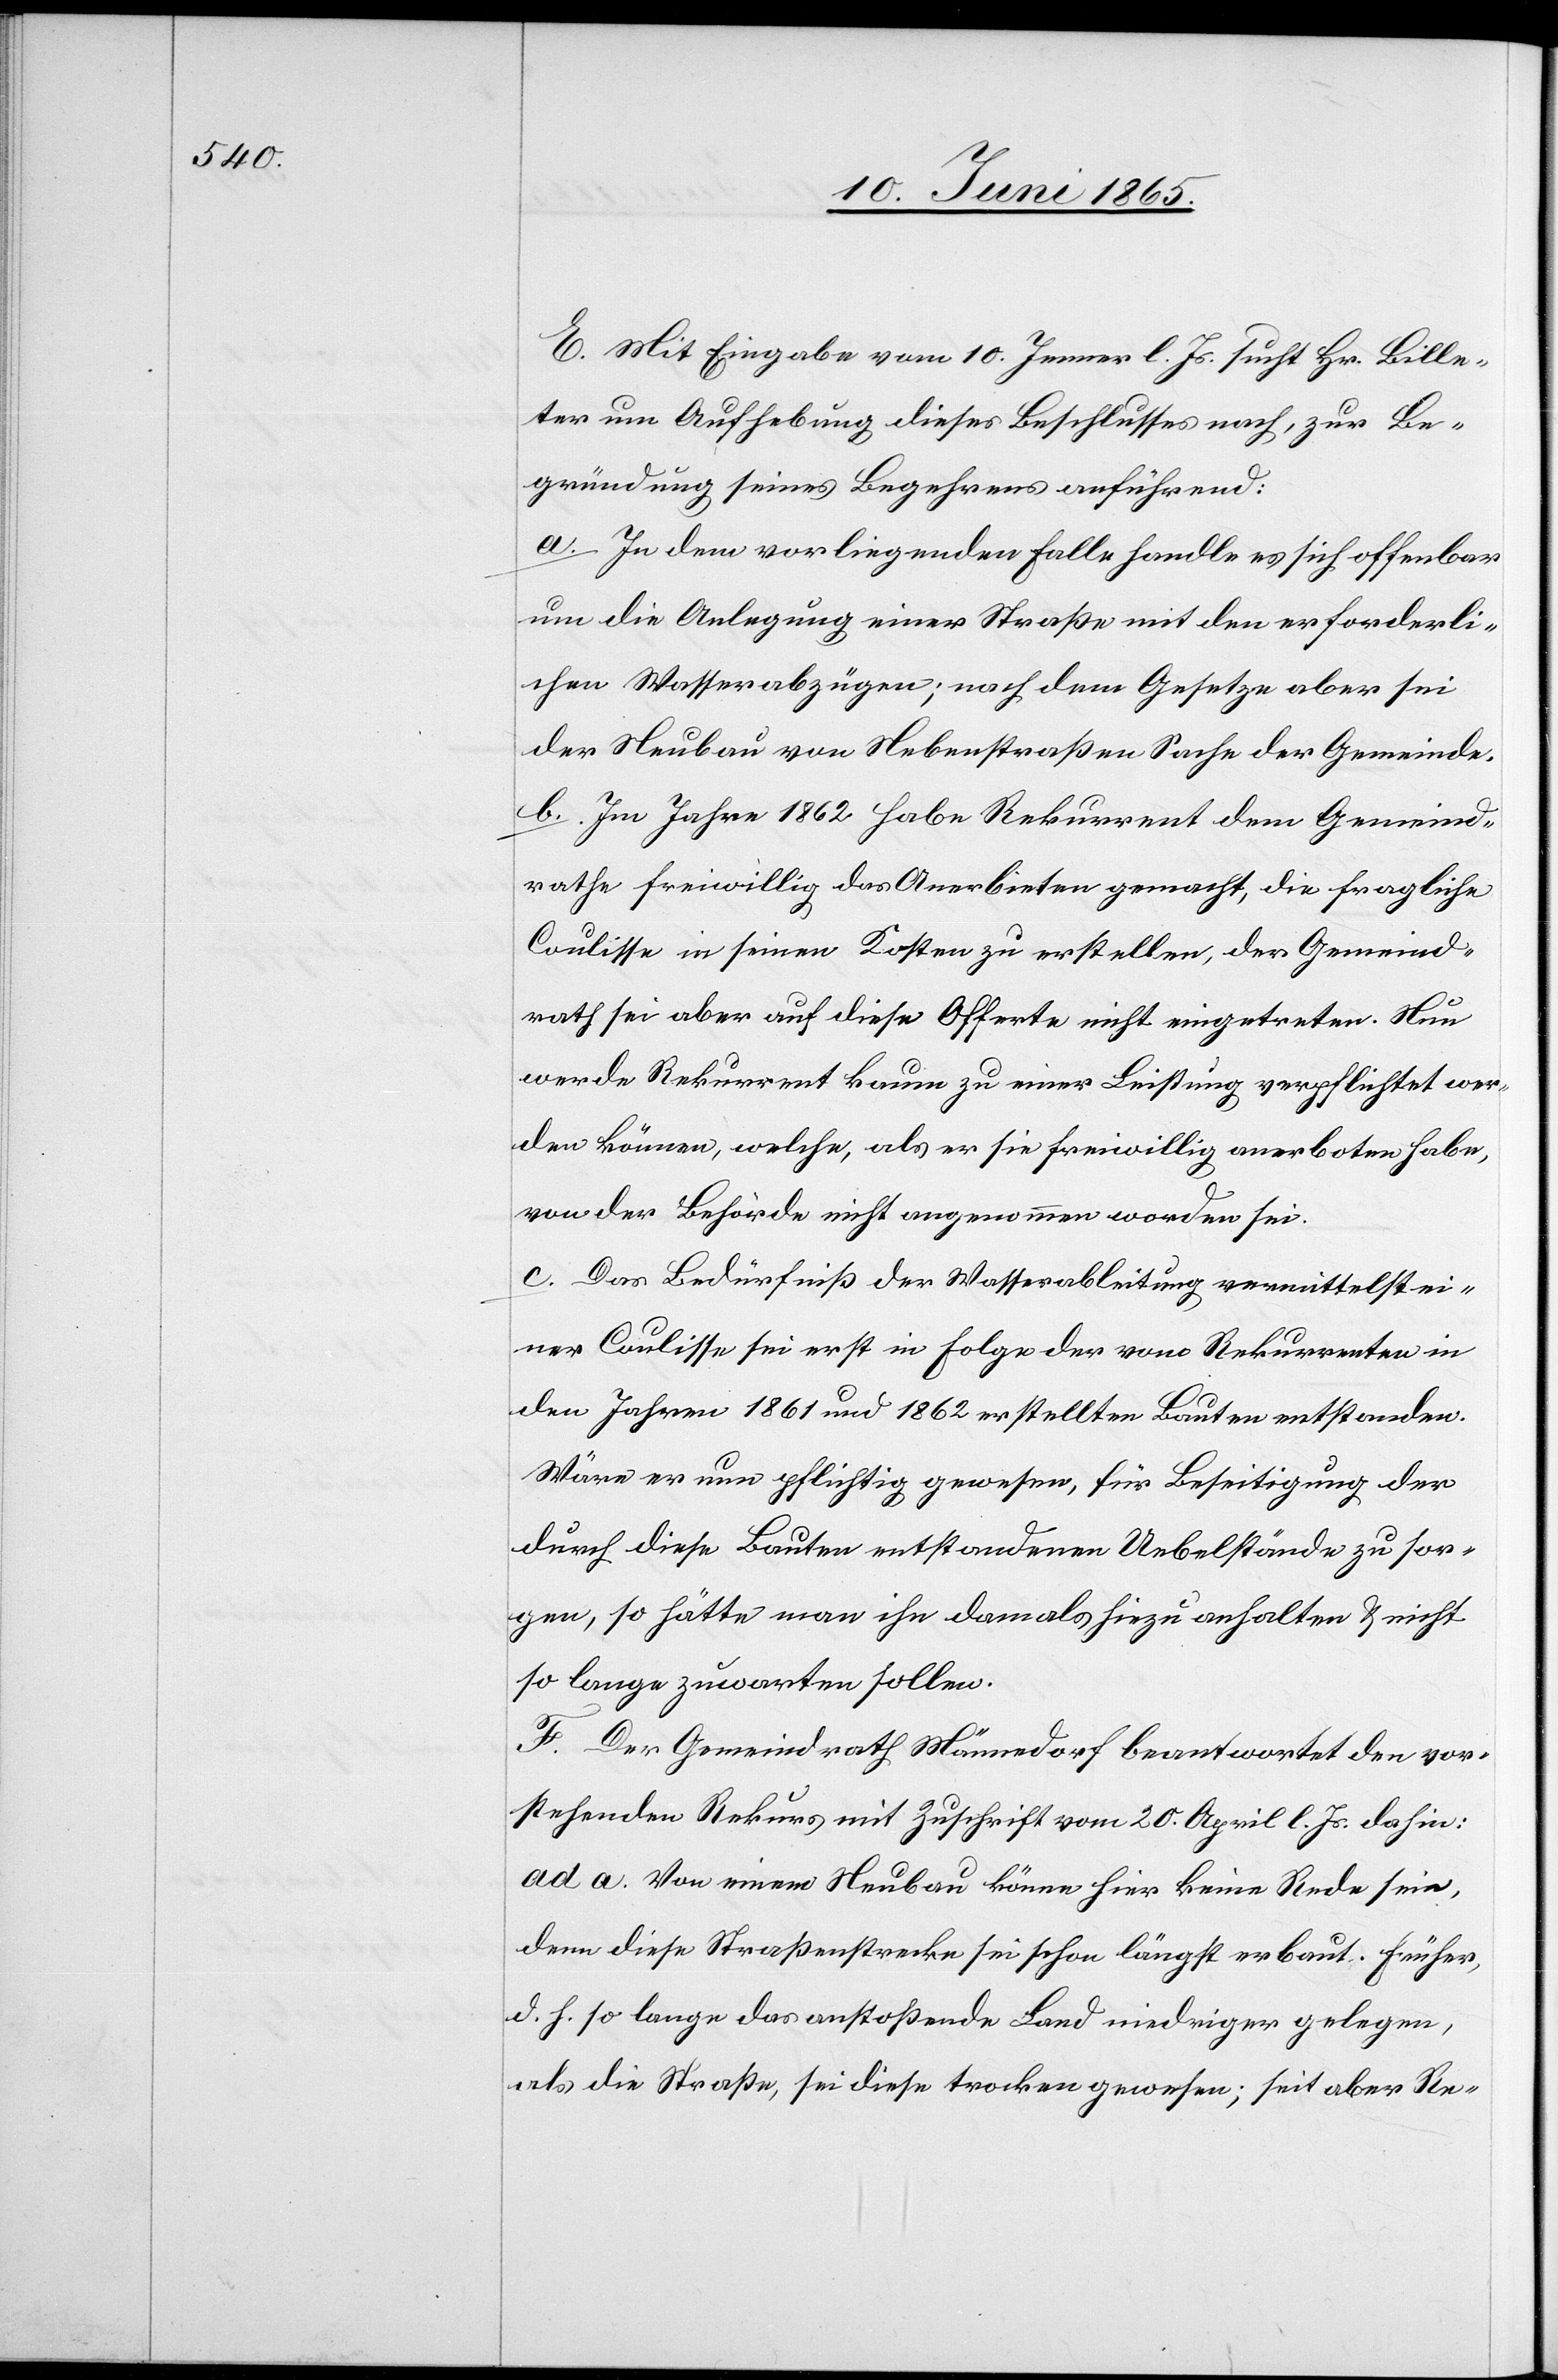
E. Mit Eingabe vom 10. Jenner l. Js. sucht Hr. Bille¬
ter um Aufhebung dieses Beschlusses nach, zur Be¬
gründung seines Begehrens anführend:
a. In dem vorliegenden Falle handle es sich offenbar
um die Anlegung einer Straße mit den erforderli¬
chen Wasserabzügen; nach dem Gesetze aber sei
der Neubau von Nebenstraßen Sache der Gemeinde.
b. Im Jahre 1862 habe Rekurrent dem Gemeind¬
rathe freiwillig das Anerbieten gemacht, die fragliche
Coulisse in seinen Kosten zu erstellen, der Gemeind¬
rath sei aber auf diese Offerte nicht eingetreten. Nun
werde Rekurrent kaum zu einer Leistung verpflichtet wer¬
den können, welche, als er sie freiwillig anerboten habe,
von der Behörde nicht angenommen worden sei.
c. Das Bedürfniß der Wasserableitung vermittelst ei¬
ner Coulisse sei erst in Folge der vom Rekurrenten in
den Jahren 1861 und 1862 erstellten Bauten entstanden.
Wäre er nun pflichtig gewesen, für Beseitigung der
durch dies Bauten entstandenen Uebelstände zu sor¬
gen, so hätte man ihn damals hiezu anhalten & nicht
so lange zuwarten sollen.
F. Der Gemeindrath Männedorf beantwortet den vor¬
stehenden Rekurs mit Zuschrift vom 20. April l. Js. dahin:
ad. a. Von einem Neubau könne hier keine Rede sein,
denn diese Straßenstrecke sei schon längst erbaut. Früher,
d. h. so lange das anstoßende Land niedriger gelegen,
als die Straße, sei diese trocken gewesen; seit aber Re-